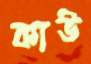
কাউ